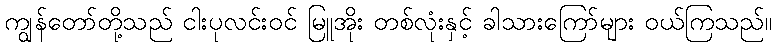
ကျွန်တော်တို့သည် ငါးပုလင်းဝင် မြူအိုး တစ်လုံးနှင့် ခါသားကြော်များ ဝယ်ကြသည်။